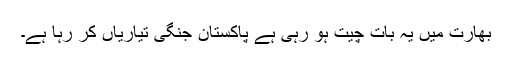
بھارت میں یہ بات چیت ہو رہی ہے پاکستان جنگی تیاریاں کر رہا ہے۔